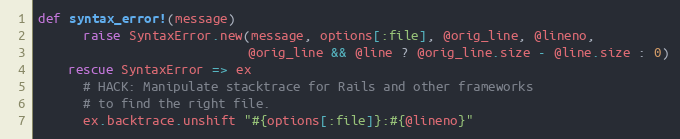
Language: Ruby
def syntax_error!(message)
      raise SyntaxError.new(message, options[:file], @orig_line, @lineno,
                            @orig_line && @line ? @orig_line.size - @line.size : 0)
    rescue SyntaxError => ex
      # HACK: Manipulate stacktrace for Rails and other frameworks
      # to find the right file.
      ex.backtrace.unshift "#{options[:file]}:#{@lineno}"